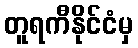
တူရကီနိုင်ငံမှ